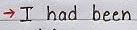
-> I had been